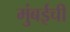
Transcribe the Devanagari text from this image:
मुुंबईची